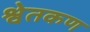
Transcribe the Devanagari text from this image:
श्वेतकण